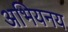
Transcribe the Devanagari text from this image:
अभियनय